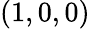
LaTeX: (1,0,0)